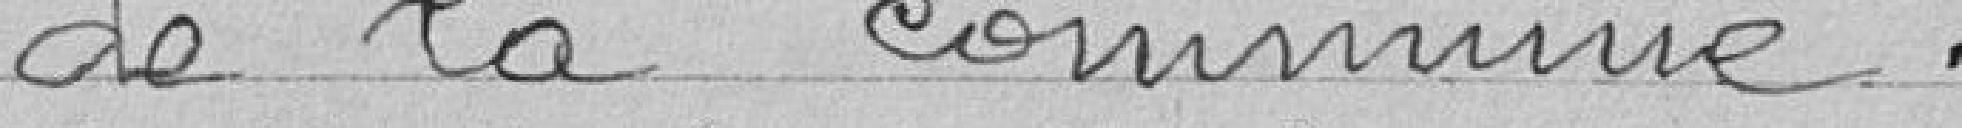
de la commune.